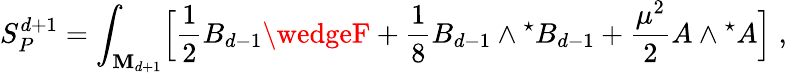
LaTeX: S_{P}^{d+1}=\int_{\mathbf{M}_{d+1}}\Bigl[{\frac{{1}}{{2}}}B_{d-1}\wedgeF+{\frac{{1}}{{8}}}B_{d-1}\wedge{}^{\star}B_{d-1}+{\frac{{\mu^{2}}}{{2}}}A\wedge{}^{\star}A\Bigl]\; ,